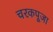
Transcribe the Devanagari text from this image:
चरकपूजा